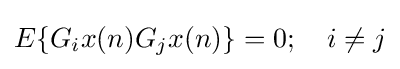
E\{G_{i}x(n)G_{j}x(n)\}=0;\quad i\neq j